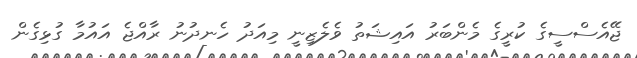
ޖޭއެސްސީގެ ކުރީގެ މެންބަރު އައިޝަތު ވެލެޒިނީ މިއަދު ހެނދުނު ރާއްޖެ އައުމާ ގުޅިގެން